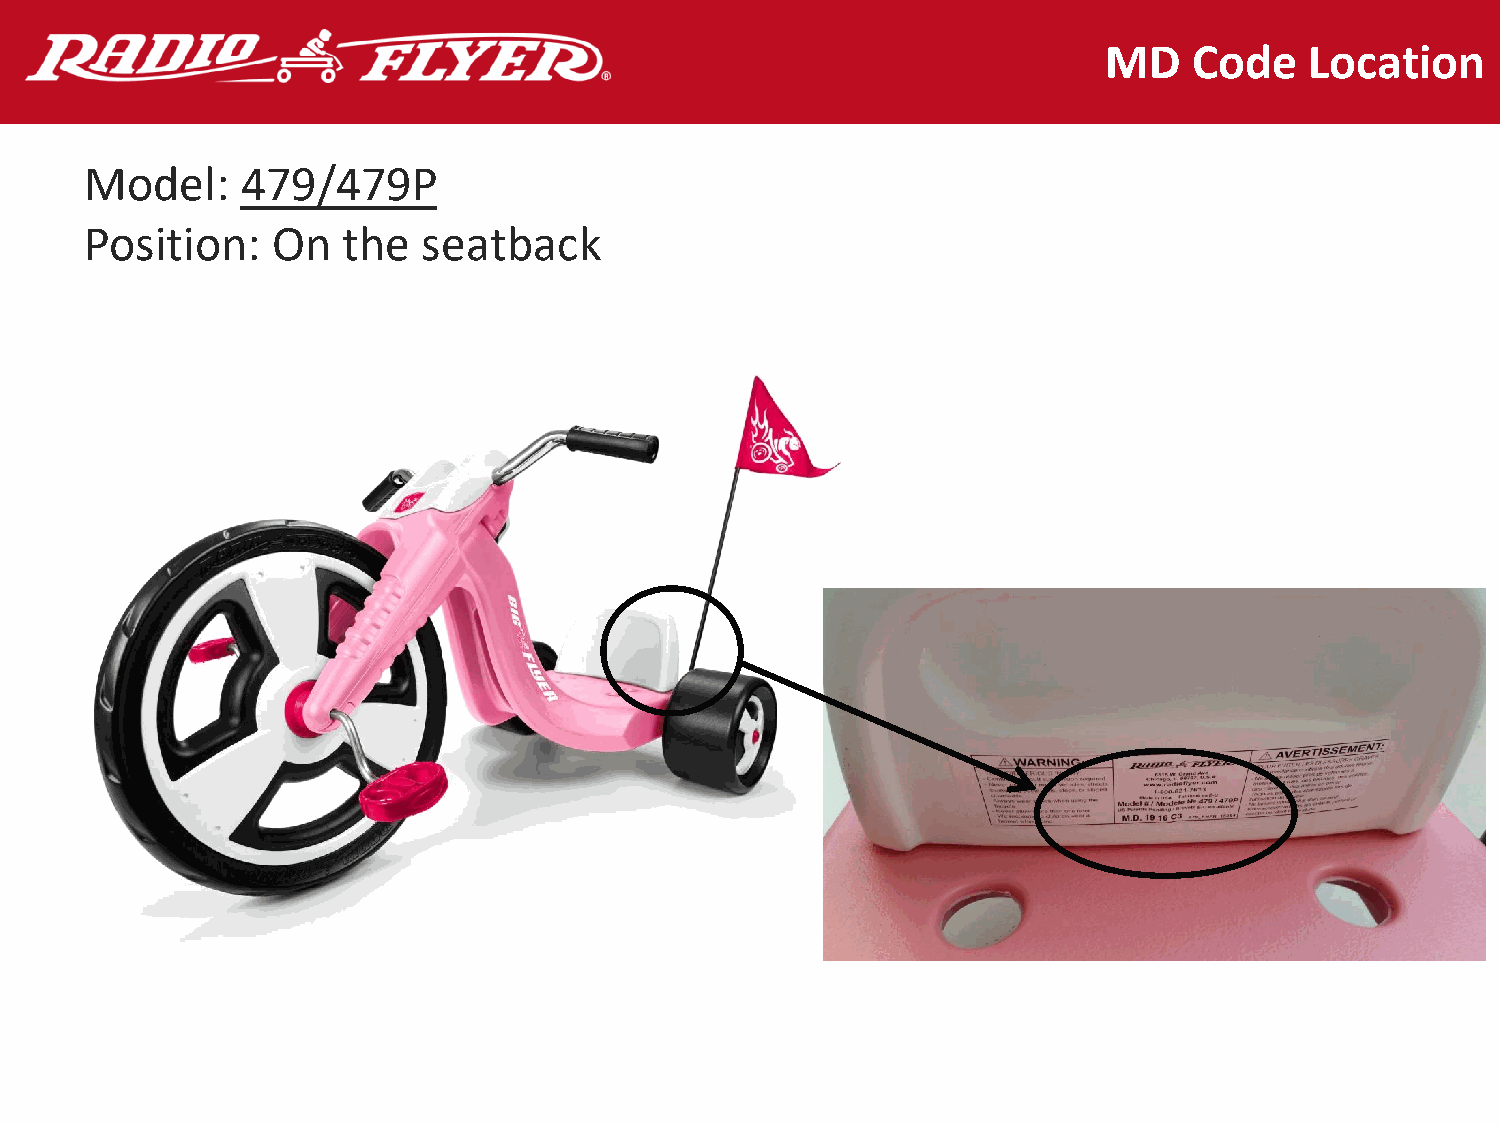
MD    Code    Location
 Model:    479/479P
 Position:   On   the  seatback